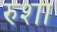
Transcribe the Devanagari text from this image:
रुशा